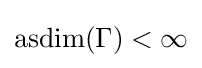
\operatorname {asdim} (\Gamma )<\infty